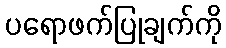
ပရောဖက်ပြုချက်ကို